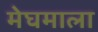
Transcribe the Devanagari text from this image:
मेघमाला